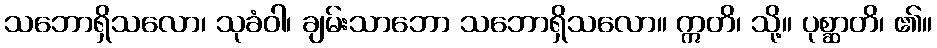
သဘောရှိသလော၊ သုခံဝါ၊ ချမ်းသာဘော သဘောရှိသလော။ ဣတိ၊ သို့။ ပုစ္ဆာတိ၊ ၏။